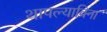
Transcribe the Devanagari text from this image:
थापल्याविना